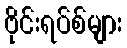
ဗိုင်းရပ်စ်များ